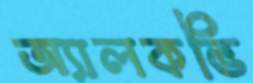
অ্যালকভি